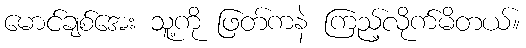
မောင်ချစ်အေး သူ့ကို ဖြတ်ကနဲ ကြည့်လိုက်မိတယ်။